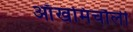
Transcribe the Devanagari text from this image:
आँखमिचौली